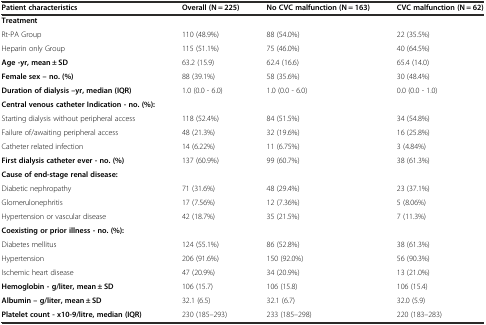
<table><thead><tr><td><b>Patient characteristics</b></td><td><b>Overall (N = 225)</b></td><td><b>No CVC malfunction (N = 163)</b></td><td><b>CVC malfunction (N = 62)</b></td></tr></thead><tbody><tr><td><b>Treatment</b></td><td></td><td></td><td></td></tr><tr><td>Rt-PA Group</td><td>110 (48.9%)</td><td>88 (54.0%)</td><td>22 (35.5%)</td></tr><tr><td>Heparin only Group</td><td>115 (51.1%)</td><td>75 (46.0%)</td><td>40 (64.5%)</td></tr><tr><td><b>Age -yr, mean ± SD</b></td><td>63.2 (15.9)</td><td>62.4 (16.6)</td><td>65.4 (14.0)</td></tr><tr><td><b>Female sex – no. (%)</b></td><td>88 (39.1%)</td><td>58 (35.6%)</td><td>30 (48.4%)</td></tr><tr><td><b>Duration of dialysis –yr, median (IQR)</b></td><td>1.0 (0.0 - 6.0)</td><td>1.0 (0.0 - 6.0)</td><td>0.0 (0.0 - 1.0)</td></tr><tr><td><b>Central venous catheter Indication - no. (%):</b></td><td></td><td></td><td></td></tr><tr><td>Starting dialysis without peripheral access</td><td>118 (52.4%)</td><td>84 (51.5%)</td><td>34 (54.8%)</td></tr><tr><td>Failure of/awaiting peripheral access</td><td>48 (21.3%)</td><td>32 (19.6%)</td><td>16 (25.8%)</td></tr><tr><td>Catheter related infection</td><td>14 (6.22%)</td><td>11 (6.75%)</td><td>3 (4.84%)</td></tr><tr><td><b>First dialysis catheter ever - no. (%)</b></td><td>137 (60.9%)</td><td>99 (60.7%)</td><td>38 (61.3%)</td></tr><tr><td><b>Cause of end-stage renal disease:</b></td><td></td><td></td><td></td></tr><tr><td>Diabetic nephropathy</td><td>71 (31.6%)</td><td>48 (29.4%)</td><td>23 (37.1%)</td></tr><tr><td>Glomerulonephritis</td><td>17 (7.56%)</td><td>12 (7.36%)</td><td>5 (8.06%)</td></tr><tr><td>Hypertension or vascular disease</td><td>42 (18.7%)</td><td>35 (21.5%)</td><td>7 (11.3%)</td></tr><tr><td><b>Coexisting or prior illness - no. (%):</b></td><td></td><td></td><td></td></tr><tr><td>Diabetes mellitus</td><td>124 (55.1%)</td><td>86 (52.8%)</td><td>38 (61.3%)</td></tr><tr><td>Hypertension</td><td>206 (91.6%)</td><td>150 (92.0%)</td><td>56 (90.3%)</td></tr><tr><td>Ischemic heart disease</td><td>47 (20.9%)</td><td>34 (20.9%)</td><td>13 (21.0%)</td></tr><tr><td><b>Hemoglobin - g/liter, mean ± SD</b></td><td>106 (15.7)</td><td>106 (15.8)</td><td>106 (15.4)</td></tr><tr><td><b>Albumin – g/liter, mean ± SD</b></td><td>32.1 (6.5)</td><td>32.1 (6.7)</td><td>32.0 (5.9)</td></tr><tr><td><b>Platelet count - x10-9/litre, median (IQR)</b></td><td>230 (185–293)</td><td>233 (185–298)</td><td>220 (183–283)</td></tr></tbody></table>